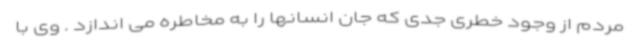
مردم از وجود خطری جدی که جان انسانها را به مخاطره می اندازد . وی با